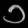
Digit: ၁